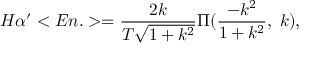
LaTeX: H \alpha ^ { \prime } < E n . > = \frac { 2 k } { T \sqrt { 1 + k ^ { 2 } } } \Pi ( \frac { - k ^ { 2 } } { 1 + k ^ { 2 } } , \; k ) ,